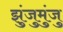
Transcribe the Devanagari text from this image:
झुंजुमुंजु